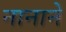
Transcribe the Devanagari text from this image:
नानाने